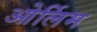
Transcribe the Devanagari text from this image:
ओर्लिम